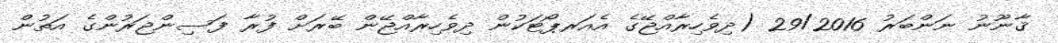
ޤާނޫނު ނަންބަރު 29/2016 (ދިވެހިރާއްޖޭގެ އެއަރޕޯޓަކުން ދިވެހިރާއްޖޭން ބޭރަށް ފުރާ ފަސިންޖަރުންގެ އަތުން